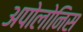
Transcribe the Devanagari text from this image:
अपोलोनिस